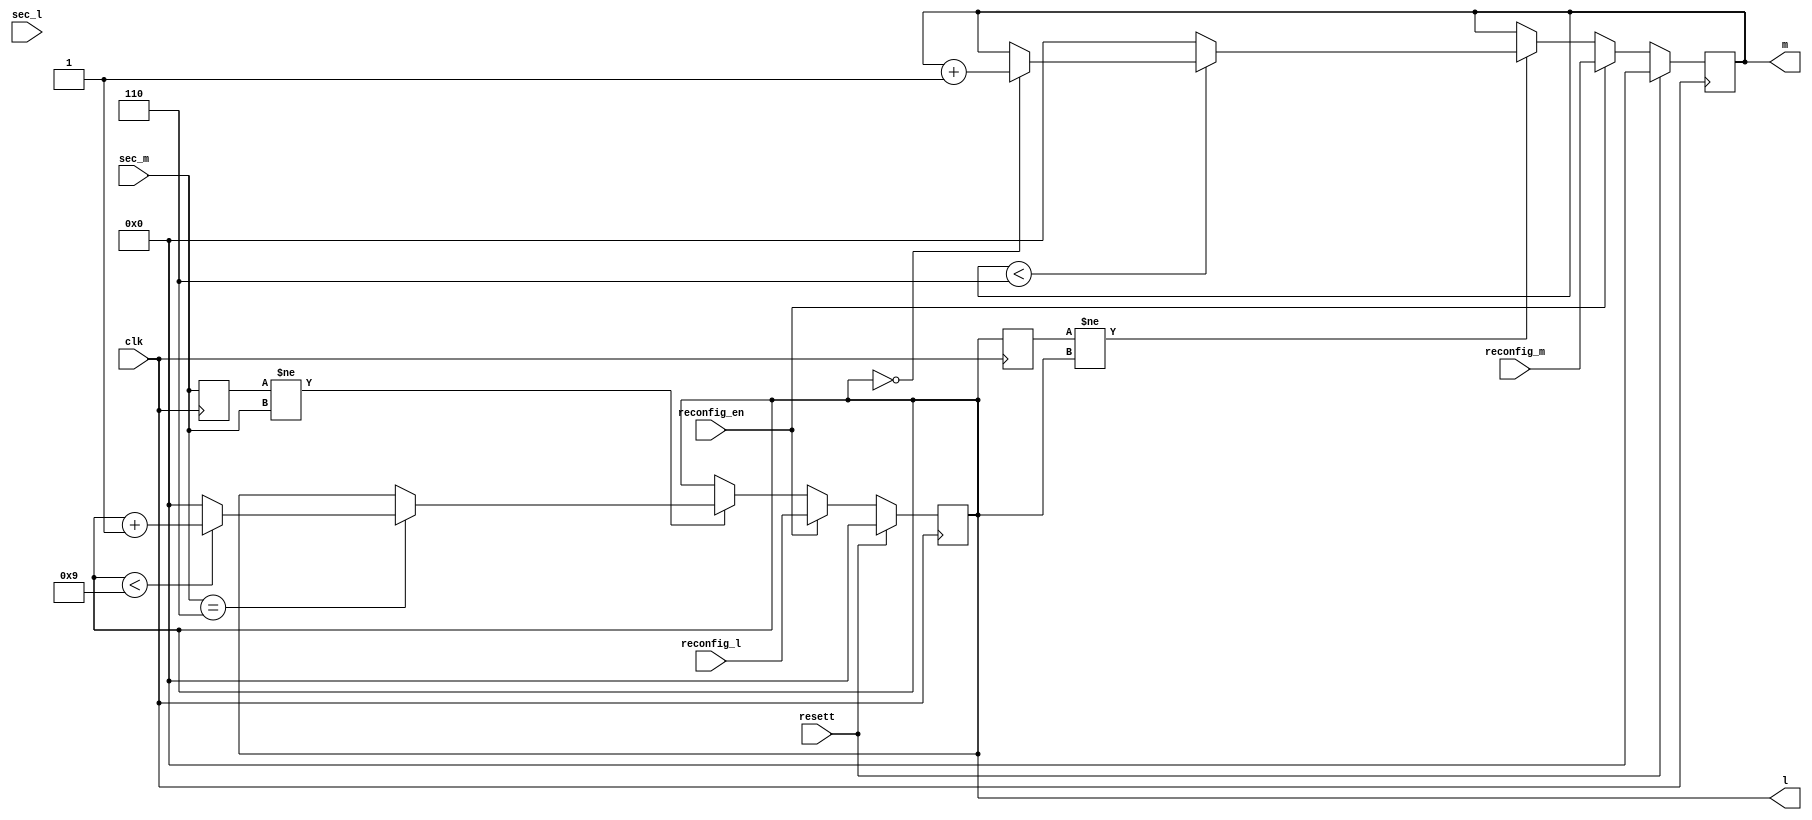
module num_split_m(
                     input    wire    [3:0]    reconfig_l,
							input    wire    [3:0]    reconfig_m,
							input    wire             reconfig_en,
							input    wire             resett,
							input    wire             clk,
                     input    wire    [3:0]    sec_l,
							input    wire    [3:0]    sec_m,					
                     output   reg     [3:0]    l,
                     output   reg     [3:0]    m                    
);
reg [3:0] prev_sec_m = 0;
reg [3:0] prev_l     = 0;

always @(posedge clk) begin 
	prev_sec_m <= sec_m;
	prev_l     <= l;
end

always @(posedge clk) begin
	if (resett) begin 
		l <= 0;
	end else if (reconfig_en) begin
		l <= reconfig_l;	
	end else if (prev_sec_m != sec_m) begin
		if (sec_m == 6) begin
			if (l < 9) begin
				l <= l + 1;
			end else begin
				l <= 0;
			end		
		end
	end
end

always @(posedge clk) begin
	if (resett) begin 
		m <= 0;
	end else if (reconfig_en) begin
		m <= reconfig_m;
	end else if(prev_l != l) begin
		if (m < 6) begin
			if (l == 0) begin
				m <= m + 1;
			end
		end else begin
			m <= 0;
		end
	end
end

endmodule